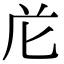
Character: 𭅐